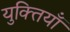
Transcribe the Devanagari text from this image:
युक्‍तियॉं